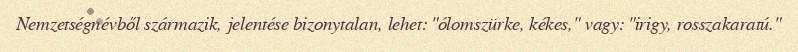
Nemzetségnévből származik, jelentése bizonytalan, lehet: "ólomszürke, kékes," vagy: "irigy, rosszakaratú."